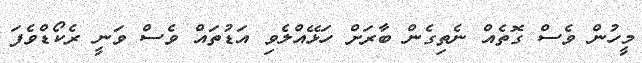
މީހުން ވެސް ގޮތެއް ނެތިގެން ބާރަށް ހަޅޭއްލެވި އަޑުތައް ވެސް ވަނީ ރެކޯޑްވެފަ